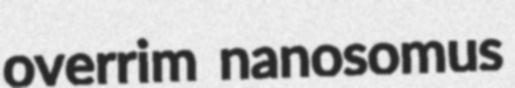
overrim nanosomus